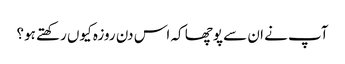
آپ نے ان سے پوچھا کہ اس دن روزہ کیوں رکھتے ہو؟